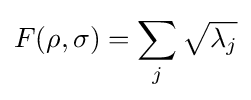
F(\rho ,\sigma )=\sum _{j}{\sqrt {\lambda _{j}}}